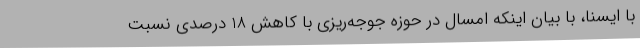
با ایسنا، با بیان اینکه امسال در حوزه جوجه‌ریزی با کاهش 18 درصدی نسبت